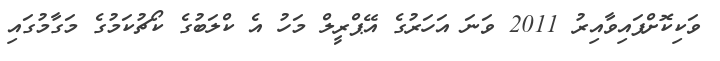
ވަކިކޮށްފައިވާއިރު 2011 ވަނަ އަހަރުގެ އޭޕްރީލް މަހު އެ ކްލަބުގެ ކޯޗުކަމުގެ މަގާމުގައި